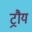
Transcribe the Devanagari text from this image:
ट्रौय